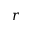
r